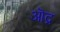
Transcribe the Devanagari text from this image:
ऒद्र